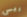
ريس